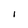
Character: l